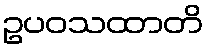
ဥပဝသထာတိ